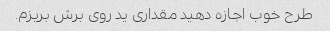
طرح خوب اجازه دهید مقداری ید روی برش بریزم.